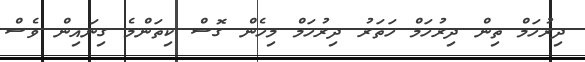
ދިރުހަމް ތިން ދިރުހަމް ހަތަރު ދިރުހަމް މިހެން ގޮސް ކިތަންމެ ގިނައިން ވެސް